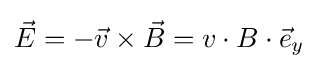
{\vec {E}}=-{\vec {v}}\times {\vec {B}}=v\cdot B\cdot {\vec {e}}_{y}